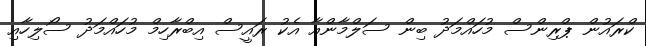
ކްރައުން ޕްރިންސް މުހައްމަދު ބިން ސަލްމާންއާ އެކު ރައީސް އިބްރާހިމް މުހައްމަދު ސޯލިހާއި